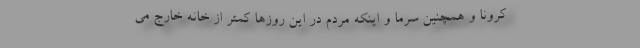
کرونا و همچنین سرما و اینکه مردم در این روزها کمتر از خانه خارج می